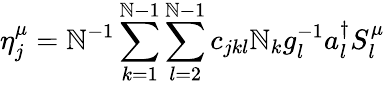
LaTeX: \eta_{j}^{\mu}=\mathbb{N}^{-1}\sum_{k=1}^{\mathbb{N}-1}\sum_{l=2}^{\mathbb{N}-1}c_{jkl}\mathbb{N}_{k}g_{l}^{-1}a_{l}^{\dagger}S_{l}^{\mu}